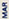
MAR